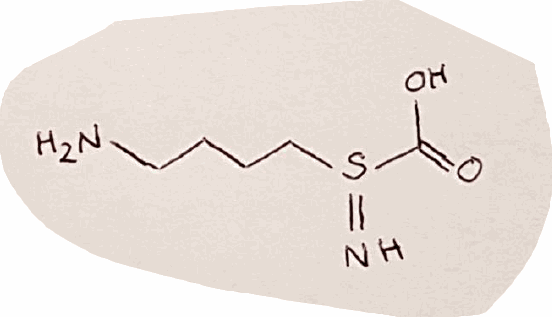
Simplified molecular-input line-entry system (SMILES) notation of the given molecule:
C(CCS(=N)C(=O)O)CN